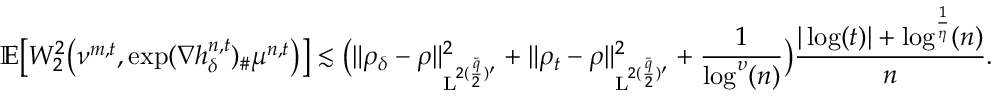
\mathbb { E } \big [ W _ { 2 } ^ { 2 } \big ( \nu ^ { m , t } , \exp ( \nabla h _ { \delta } ^ { n , t } ) _ { \# } \mu ^ { n , t } \big ) \big ] \lesssim \big ( \| \rho _ { \delta } - \rho \| _ { \mathrm { L } ^ { 2 ( \frac { \bar { q } } { 2 } ) ^ { \prime } } } ^ { 2 } + \| \rho _ { t } - \rho \| _ { \mathrm { L } ^ { 2 ( \frac { \bar { q } } { 2 } ) ^ { \prime } } } ^ { 2 } + \frac { 1 } { \log ^ { \upsilon } ( n ) } \big ) \frac { \vert \log ( t ) \vert + \log ^ { \frac { 1 } { \eta } } ( n ) } { n } .